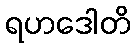
ရဟဒေါတိ